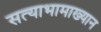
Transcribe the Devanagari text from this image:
सत्याभामाख्यान